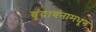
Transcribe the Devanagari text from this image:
वृंदावनामधून